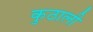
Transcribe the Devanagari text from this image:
कुठाली